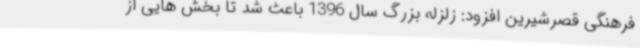
فرهنگی قصرشیرین افزود: زلزله بزرگ سال 1396 باعث شد تا بخش هایی از